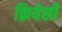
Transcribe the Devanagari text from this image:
क्रियेसी